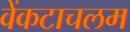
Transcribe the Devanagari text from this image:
वेंकटाचलम